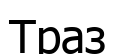
Траз